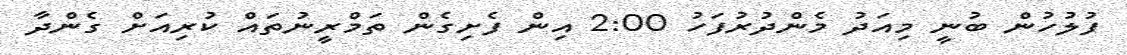
ފުލުހުން ބުނީ މިއަދު މެންދުރުފަހު 2:00 އިން ފެށިގެން ތަމްރީނުތައް ކުރިއަށް ގެންދާ